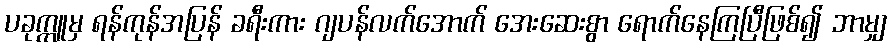
ပခုက္ကူမှ ရန်ကုန်အပြန် ခရီးကား ဂျပန်လက်အောက် အေးဆေးစွာ ရောက်နေကြပြီဖြစ်၍ ဘာမျှ